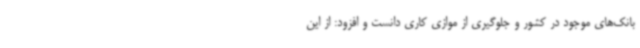
بانک‌های موجود در کشور و جلوگیری از موازی کاری دانست و افزود: از این